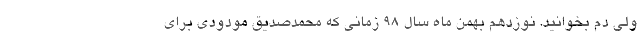
ولی دم بخوانید. نوزدهم بهمن ماه سال ۹۸ زمانی که محمدصدیق مودودی برای